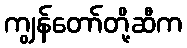
ကျွန်တော်တို့ဆီက